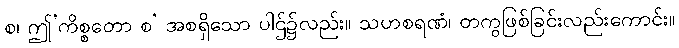
စ၊ ဤ’ကိစ္စတော စ’ အစရှိသော ပါဌ်၌လည်း။ သဟစရဏံ၊ တကွဖြစ်ခြင်းလည်းကောင်း။